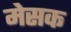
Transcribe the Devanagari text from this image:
मेसक